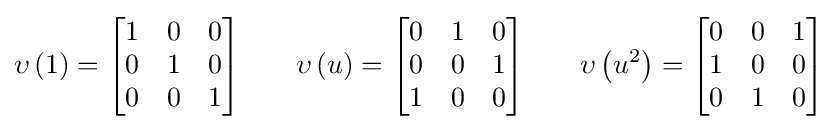
\upsilon \left(1\right)={\begin{bmatrix}1&0&0\\0&1&0\\0&0&1\\\end{bmatrix}}\qquad \upsilon \left(u\right)={\begin{bmatrix}0&1&0\\0&0&1\\1&0&0\\\end{bmatrix}}\qquad \upsilon \left(u^{2}\right)={\begin{bmatrix}0&0&1\\1&0&0\\0&1&0\\\end{bmatrix}}